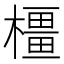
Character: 橿